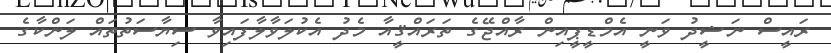
ރައީސް ނަޝީދު ވަނީ އެމްޑީޕީއިން ރާއްޖޭގެ ތަރައްޤީއާ މެދު އެކުލަވާލާފައިވާ ސިޔާސަތުތައް ލަންކާގެ